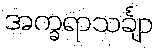
အက္ခရာသင်္ချာ